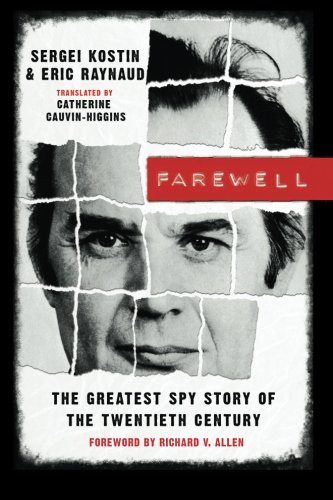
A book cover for Farewell: The Greatest Spy Story of the Twentieth Century; Sergei Kostin; Biographies & Memoirs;